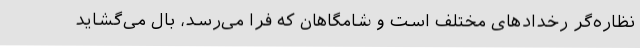
نظاره‌گر رخدادهای مختلف است و شامگاهان که فرا می‌رسد، بال می‌گشاید